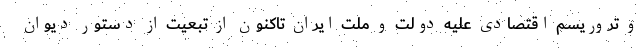
و تروریسم اقتصادی علیه دولت و ملت ایران تاکنون از تبعیت از دستور دیوان